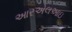
આરએલઆઇ